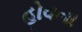
હોવના